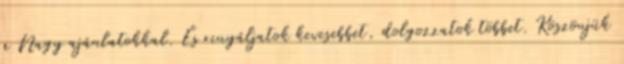
a Nagy ajánlatokkal. És rinyáljatok kevesebbet, dolgozzatok többet. Köszönjük